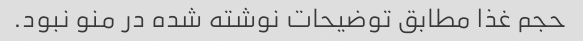
حجم غذا مطابق توضیحات نوشته شده در منو نبود.